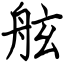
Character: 舷